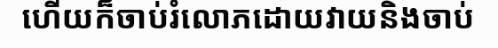
ហើយក៏ចាប់រំលោភដោយវាយនិងចាប់